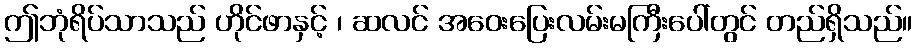
ဤဘုံရိပ်သာသည် ဟိုင်ဖာနှင့် ၊ ဆလင် အဝေးပြေးလမ်းမကြီးပေါ်တွင် တည်ရှိသည်။